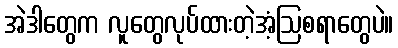
အဲဒါတွေက လူတွေလုပ်ထားတဲ့အံ့ဩစရာတွေပဲ။